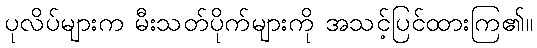
ပုလိပ်များက မီးသတ်ပိုက်များကို အသင့်ပြင်ထားကြ၏။